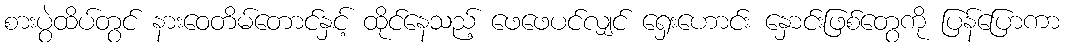
စားပွဲထိပ်တွင် နားဝေတိမ်တောင်နှင့် ထိုင်နေသည့် ဖေဖေပင်လျှင် ရှေးဟောင်း နှောင်းဖြစ်တွေကို ပြန်ပြောကာ